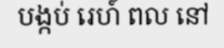
បង្កប់ រេហ៍ ពល នៅ